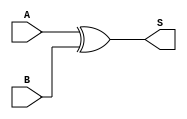
module XOR_Gate (
    input wire A,
    input wire B,
    output wire S
);
    assign S = A ^ B; // Sum output using XOR
endmodule